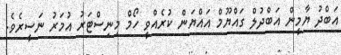
އަބްދު ޔާމީން އަބްދުލް ގައްޔޫމް އައްޔަން ކުރެއްވީ ހޯމް މިނިސްޓަރު އުމަރު ނަސީރެވެ.